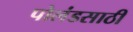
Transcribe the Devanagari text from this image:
पोलंडसाठी